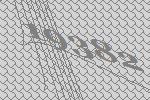
19382